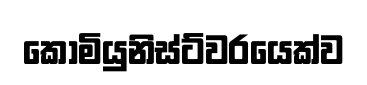
කොමියුනිස්ට්වරයෙක්ව